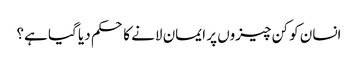
انسان کو کن چیزوں پر ایمان لانے کا حکم دیا گیا ہے؟